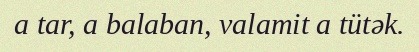
a tar, a balaban, valamit a tütək.